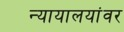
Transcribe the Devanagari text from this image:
न्यायालयांवर